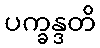
ပက္ခန္ဒတိ